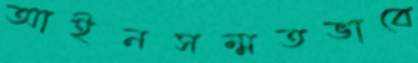
আইনসম্মতভাবে